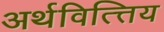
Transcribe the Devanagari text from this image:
अर्थवित्त्तिय